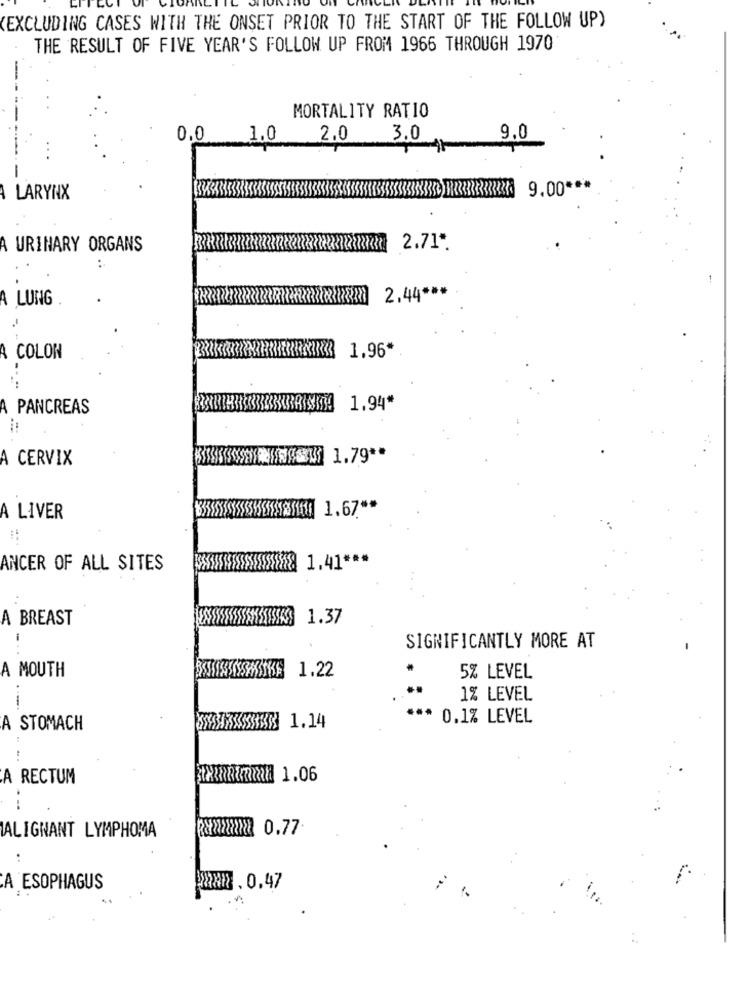
EXCLUDING CASES WITH THE ONSET PRIOR TO THE START OF THE FOLLOW UP)
THE RESULT OF FIVE YEAR'S FOLLOW UP FROM 1966 THROUGH 1970
-
MORTALITY RATIO
0.0
1.0
2.0
3.0
9.0
-
9.00 ***
LARYNX
A URINARY ORGANS
2.71*
..
A LUNG
774728 7:22m 2.44 ***
-.
BREAK 1.96*
COLON
...
A PANCREAS
BRISKI!
1.94
A CERVIX
1.79 **
18/1 1.67 **
A LIVER
ANCER OF ALL SITES
A BREAST
i
SIGNIFICANTLY MORE AT
A MOUTH
1.22
5% LEVEL
..
1
1% LEVEL
*** 0.1% LEVEL
A STOMACH
:
A RECTUM
tx hammad 1.06
.-.
ALIGNANT LYMPHOMA
2xxxxx 0.77
A ESOPHAGUS
2887 . 0.47